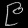
Digit: ၉